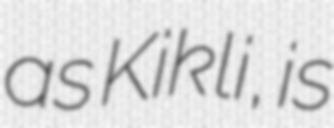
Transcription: as Kikli, is